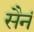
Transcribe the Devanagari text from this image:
सैनं